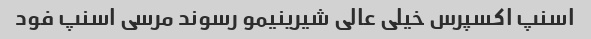
اسنپ اکسپرس خیلی عالی شیرینیمو رسوند مرسی اسنپ فود